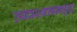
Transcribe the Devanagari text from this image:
व्यवस्थापनसुद्धा